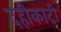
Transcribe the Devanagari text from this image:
दहीकादी